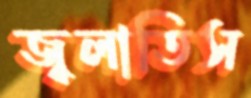
জ্বলাতিস